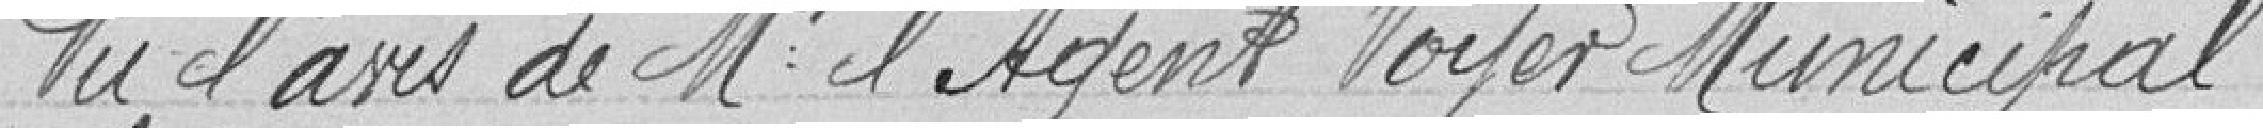
Vu l'avis de Mr l'agent Voyer Municipal